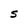
Character: S